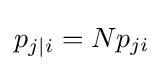
p_{j\mid i}=Np_{ji}